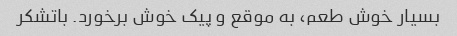
بسیار خوش طعم، به موقع و پیک خوش برخورد. باتشکر